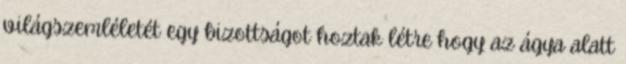
világszemléletét egy bizottságot hoztak létre hogy az ágya alatt